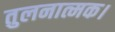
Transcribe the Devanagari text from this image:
तुलनात्मक।